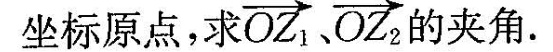
坐标原点，求 \overrightarrow{OZ_{1}}, \overrightarrow{OZ_{2}} 的夹角。